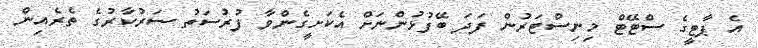
އެ ޕާޓީގެ ސްޓޭޓް މިނިސްޓަރުން ފަދަ ބޭފުޅުންނަށް އެކަށީގެންވާ ފުރުސަތު ސަރުކާރުގެ ތެރެއިން